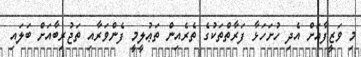
މި ވަޒީފާއަށް އެދި ހުށަހަޅާ ފަރާތްތަކުގެ ތެރެއިން ތަޢުލީމީ ފެންވަރާއި ތަޖުރިބާއަށް ބަލައި